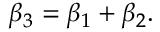
\beta _ { 3 } = \beta _ { 1 } + \beta _ { 2 } .